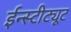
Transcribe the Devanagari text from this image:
ईन्स्टीट्यूट